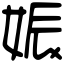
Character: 娠